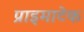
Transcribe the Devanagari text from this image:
प्राइमाटेक